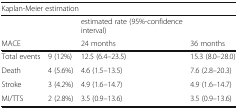
<table><thead><tr><td colspan="4"><b>Kaplan-Meier estimation</b></td></tr><tr><td></td><td></td><td><b>estimated rate (95%-confidence interval)</b></td><td></td></tr><tr><td><b>MACE</b></td><td></td><td><b>24 months</b></td><td><b>36 months</b></td></tr></thead><tbody><tr><td>Total events</td><td>9 (12%)</td><td>12.5 (6.4–23.5)</td><td>15.3 (8.0–28.0)</td></tr><tr><td>Death</td><td>4 (5.6%)</td><td>4.6 (1.5–13.5)</td><td>7.6 (2.8–20.3)</td></tr><tr><td>Stroke</td><td>3 (4.2%)</td><td>4.9 (1.6–14.7)</td><td>4.9 (1.6–14.7)</td></tr><tr><td>MI/TTS</td><td>2 (2.8%)</td><td>3.5 (0.9–13.6)</td><td>3.5 (0.9–13.6)</td></tr></tbody></table>